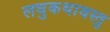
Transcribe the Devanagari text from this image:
लघुकथावस्तु